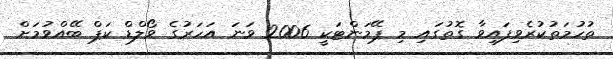
ތުހުމަތުކުރެވިފައިވާ ގޮތުގައި މި ޕޭމަންޓަކީ 2006 ވަނަ އަހަރުގެ ވޯލްޑް ކަޕް ބޭއްވުމަށް